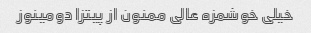
خیلی خوشمزه عالی ممنون از پیتزا دومینوز